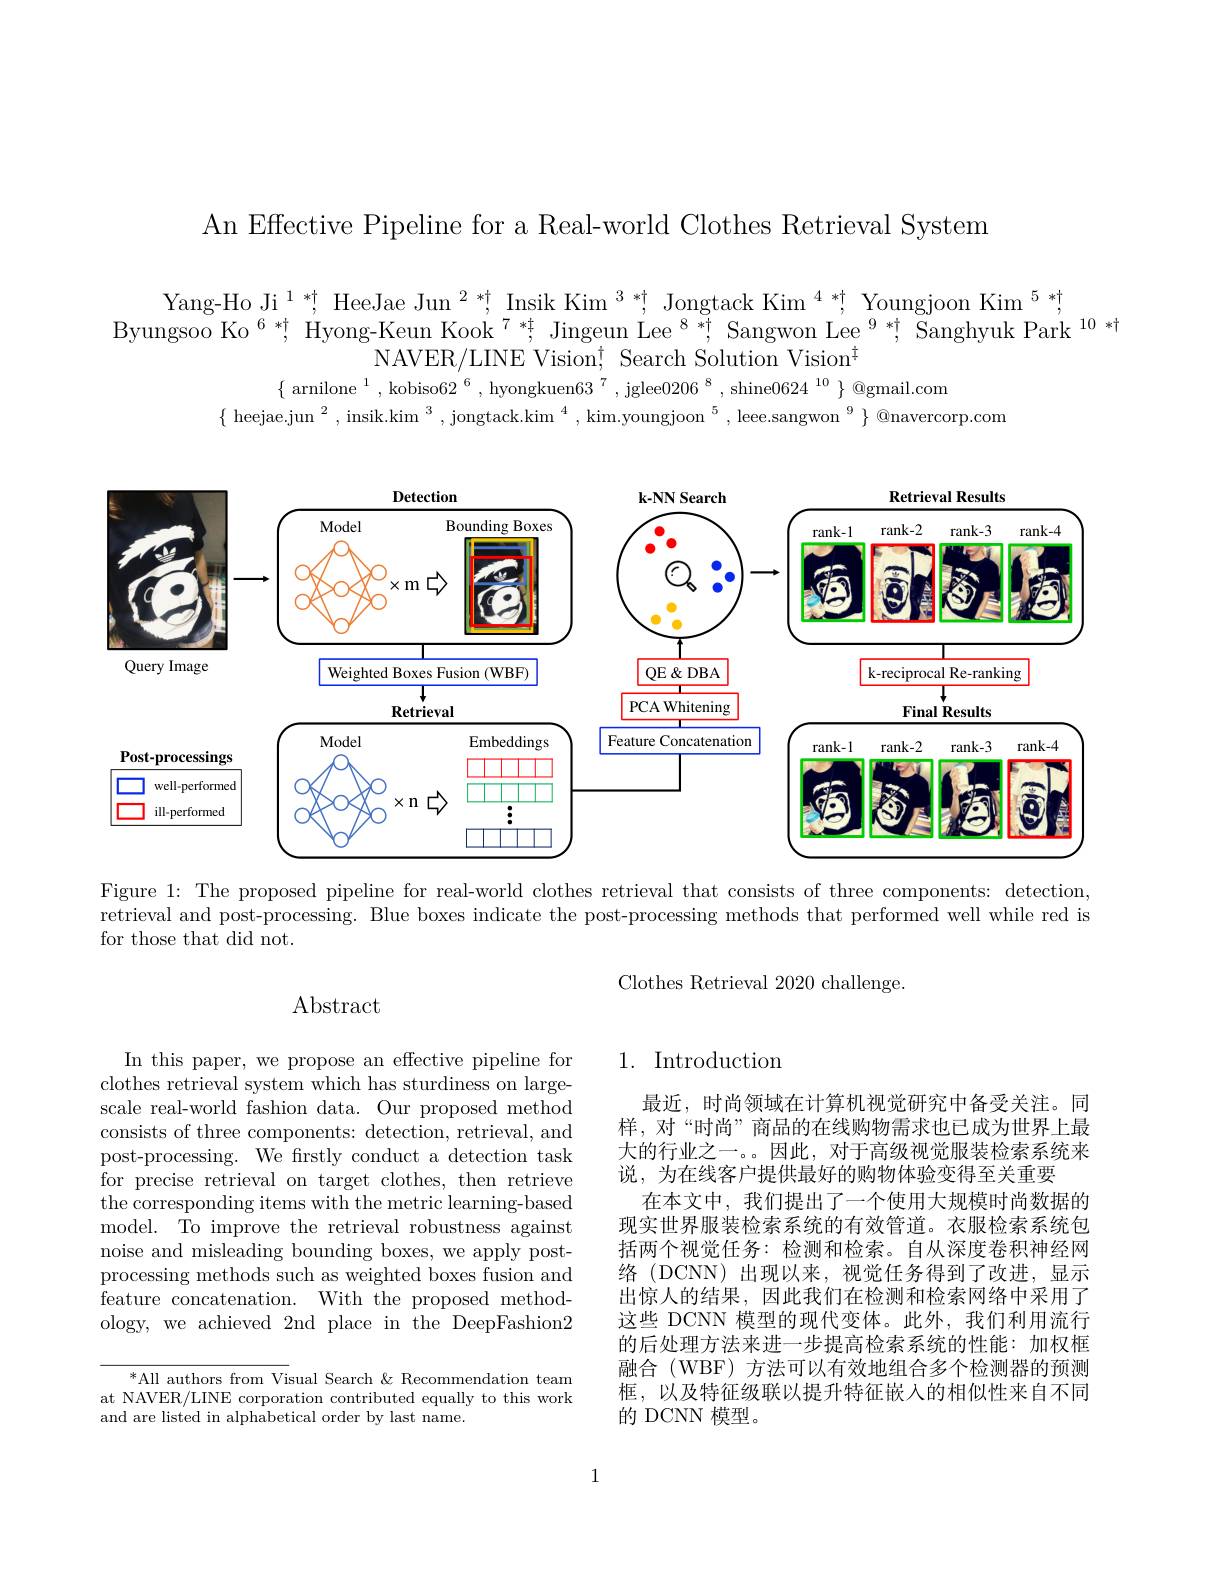
An Effective Pipeline for a Real-world Clothes Retrieval System

$\begin{array}{c}\text{Yang-Ho Ji}^{1*\dagger};&\text{HeeJae Jun}^{2*\dagger},&\text{Insik Kim}^{3*\dagger},&\text{Jongtack Kim}^{4*\dagger},&\text{Youngjoon Kim}^{5*\dagger},\\\text{Byungsoo Ko}^{6*\dagger},&\text{Hyong-Keun Kook}^{7*\dagger},&\text{Jingeun Lee}^{8*\dagger},&\text{Sangwon Lee}^{9*\dagger},&\text{Sanghyuk Park}^{10*\dagger}\end{array}$
NAVER/LINE Vision$^{\dagger}$ Search Solution Vision$^{\mathrm{t}}$
$\{ \text{ arnilone }^{1}$, kobiso$62^{6}$, hyongkuen$63^{7}$, jglee$0206^{8}$, shine$0624^{10}\}$@gmail.com
$\{\text{ heejae.jun }^2,\text{ insik.kim }^3,\text{ jongtack.kim }^4,\text{ kim.youngjoon }^5,\text{ leee.sangwon }^9\}$@navercorp.com

<FigureHere>

Figure 1: The proposed pipeline for real-world clothes retrieval that consists of three components: detection, retrieval and post-processing. Blue boxes indicate the post-processing methods that performed well while red is for those that did not.

Clothes Retrieval 2020 challenge.

## $\operatorname{Abstract}$

## 1. Introduction

In this paper, we propose an effective pipeline for clothes retrieval system which has sturdiness on largescale real-world fashion data. Our proposed method consists of three components: detection, retrieval, and post-processing. We frstly conduct a detection task for precise retrieval on target clothes, then retrieve the corresponding items with the metric learning-based model. To improve the retrieval robustness against noise and misleading bounding boxes, we apply postprocessing methods such as weighted boxes fusion and feature concatenation. With the proposed methodology, we achieved 2nd place in the DeepFashion2

最近，时尚领域在计算机视觉研究中备受关注。同样，对“时尚”商品的在线购物需求也已成为世界上最大的行业之一。。因此，对于高级视觉服装检索系统来说，为在线客户提供最好的购物体验变得至关重要
在本文中，我们提出了一个使用大规模时尚数据的现实世界服装检索系统的有效管道。衣服检索系统包括两个视觉任务：检测和检索。自从深度卷积神经网络(DCNN)出现以来，视觉任务得到了改进，显示出惊人的结果，因此我们在检测和检索网络中采用了这些 DCNN 模型的现代变体。此外，我们利用流行的后处理方法来进一步提高检索系统的性能：加权框融合(WBF)方法可以有效地组合多个检测器的预测框，以及特征级联以提升特征嵌入的相似性来自不同的 DCNN 模型。

$^*$All authors from Visual Search & Recommendation team at NAVER/LINE corporation contributed equally to this work and are listed in alphabetical order by last name.

1